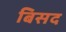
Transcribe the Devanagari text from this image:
बिसद